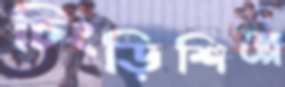
চিংড়িশিল্পে